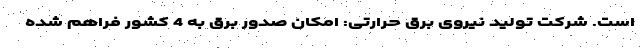
است. شرکت تولید نیروی برق حرارتی: امکان صدور برق به 4 کشور فراهم شده